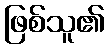
ဖြစ်သူ၏